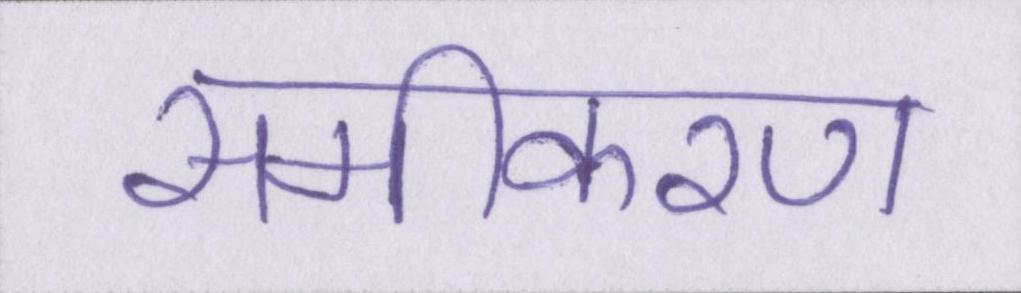
समीकरण